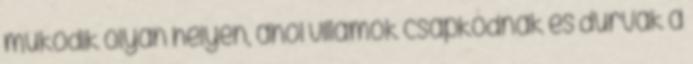
mûködik olyan helyen, ahol villámok csapkodnak és durvák a